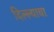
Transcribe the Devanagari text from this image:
दिल्ल्याचा